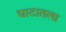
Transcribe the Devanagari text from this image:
घाटातला